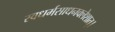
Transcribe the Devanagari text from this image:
स्वधर्मसाधनक्लेशात्‌।